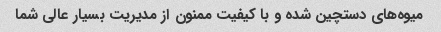
میوه‌های دستچین شده و با کیفیت ممنون از مدیریت بسیار عالی شما